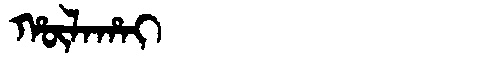
Manchu: ᡥᡡᠯᠠᡥᠠᡳ
Romanization: HŪLAHAI